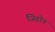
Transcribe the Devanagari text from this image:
जिहोन